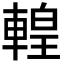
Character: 𨍧